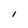
Character: I